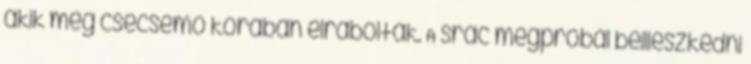
akik még csecsemő korában elrabolták. A srác megpróbál beilleszkedni